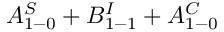
A _ { 1 - 0 } ^ { S } + B _ { 1 - 1 } ^ { I } + A _ { 1 - 0 } ^ { C }